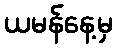
ယမန်နေ့မှ